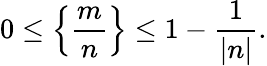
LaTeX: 0\leq\left\{ {\frac{m}{n}}\right\} \leq 1-{\frac{1}{|n|}}.